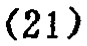
\((21)\)